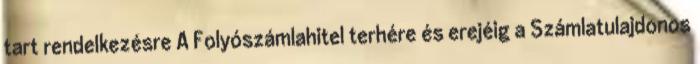
tart rendelkezésre A Folyószámlahitel terhére és erejéig a Számlatulajdonos